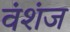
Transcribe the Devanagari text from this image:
वंशंज